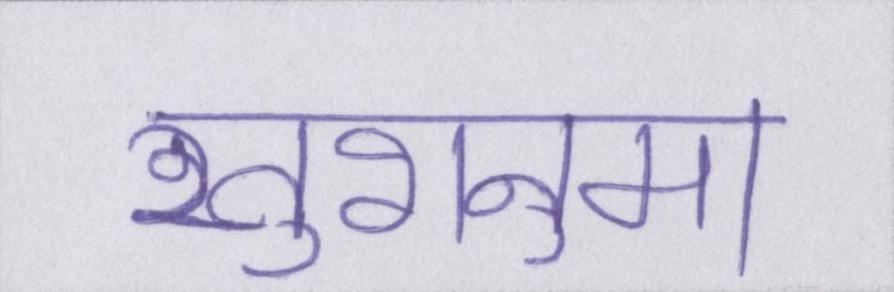
खुशनुमा